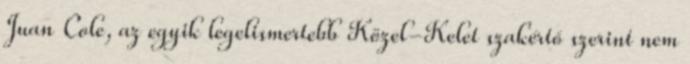
Juan Cole, az egyik legelismertebb Közel-Kelet szakértő szerint nem